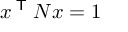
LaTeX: x ^ { \textsf { T } } N x = 1